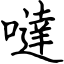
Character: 噠